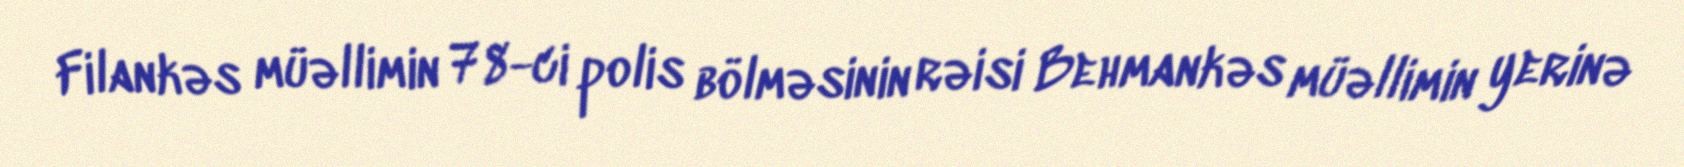
Filankəs müəllimin 78-ci polis bölməsinin rəisi Behmankəs müəllimin yerinə